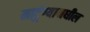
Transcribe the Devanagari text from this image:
माटुंग्यामधील